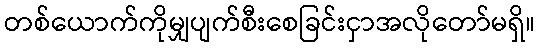
တစ်ယောက်ကိုမျှပျက်စီးစေခြင်းငှာအလိုတော်မရှိ။